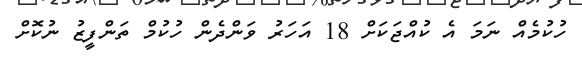
ހުކުމެއް ނަމަ އެ ކުއްޖަކަށް 18 އަހަރު ވަންދެން ހުކުމް ތަންފީޒު ނުކޮށް